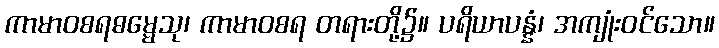
ကာမာဝစရဓမ္မေသု၊ ကာမာဝစရ တရားတို့၌။ ပရိယာပန္နံ၊ အကျုံးဝင်သော။